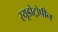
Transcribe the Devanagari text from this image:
स्यूडोट्रोपीन